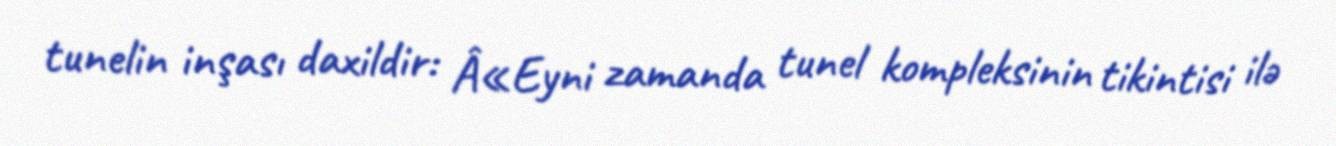
tunelin inşası daxildir: Â«Eyni zamanda tunel kompleksinin tikintisi ilə